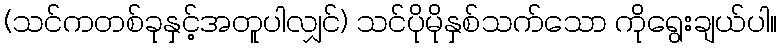
(သင်ကတစ်ခုနှင့်အတူပါလျှင်) သင်ပိုမိုနှစ်သက်သော ကိုရွေးချယ်ပါ။